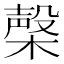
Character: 㯏